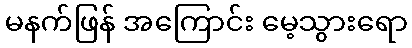
မနက်ဖြန် အကြောင်း မေ့သွားရော